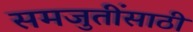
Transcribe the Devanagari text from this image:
समजुतींसाठी